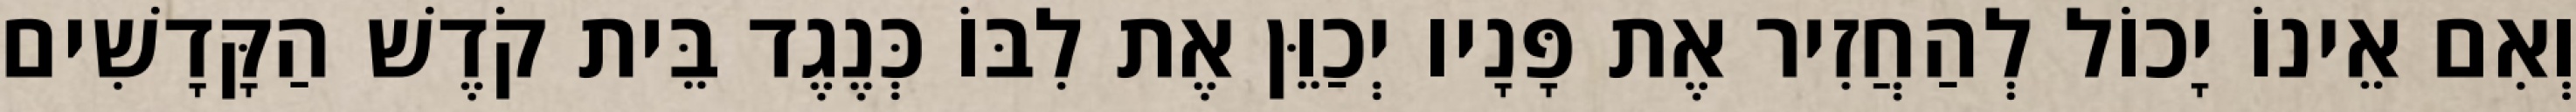
וְאִם אֵינוֹ יָכוֹל לְהַחֲזִיר אֶת פָּנָיו יְכַוֵּן אֶת לִבּוֹ כְּנֶגֶד בֵּית קֹדֶשׁ הַקָּדָשִׁים